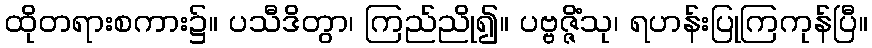
ထိုတရားစကား၌။ ပသီဒိတွာ၊ ကြည်ညို၍။ ပဗ္ဗဇ္ဇိံသု၊ ရဟန်းပြုကြကုန်ပြီ။